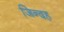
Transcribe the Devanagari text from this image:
जिन्दह